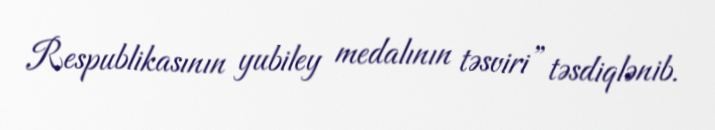
Respublikasının yubiley medalının təsviri” təsdiqlənib.